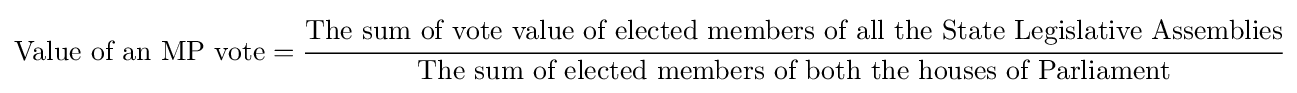
{\mbox{Value of an MP vote}}={\cfrac {\mbox{The sum of vote value of elected members of all the State Legislative Assemblies}}{\mbox{The sum of elected members of both the houses of Parliament}}}